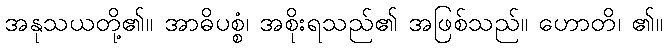
အနုသယတို့၏။ အာဓိပစ္စံ၊ အစိုးရသည်၏ အဖြစ်သည်။ ဟောတိ၊ ၏။